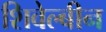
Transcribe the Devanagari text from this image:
शिवेल्बीन